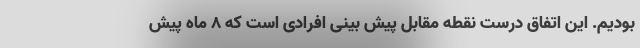
بودیم. این اتفاق درست نقطه مقابل پیش بینی افرادی است که ۸ ماه پیش